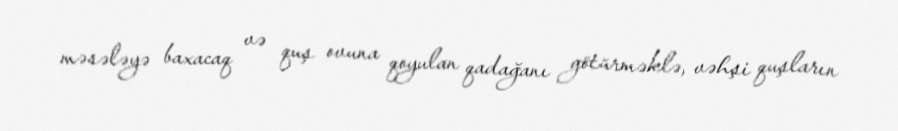
məsələyə baxacaq və quş ovuna qoyulan qadağanı götürməklə, vəhşi quşların